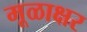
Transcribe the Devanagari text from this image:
मूळाक्षर